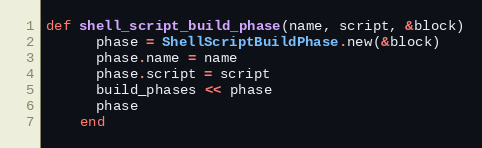
Language: Ruby
def shell_script_build_phase(name, script, &block)
      phase = ShellScriptBuildPhase.new(&block)
      phase.name = name
      phase.script = script
      build_phases << phase
      phase
    end